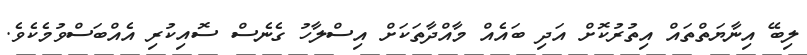
ލިބޭ އިނާޔަތްތައް އިތުރުކޮށް އަދި ބައެއް މާއްދާތަކަށް އިސްލާހު ގެނެސް ސޮއިކުރި އެއްބަސްވުމެކެވެ.